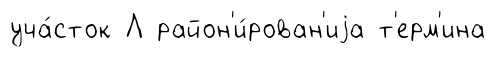
уча́сток Л район'и́рован'иjа т'ерм'ина